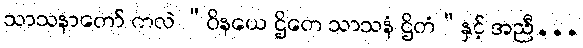
သာသနာတော် ကလဲ “ဝိနယေ ဌိတေ သာသနံ ဌိတံ”နှင့် အညီ...